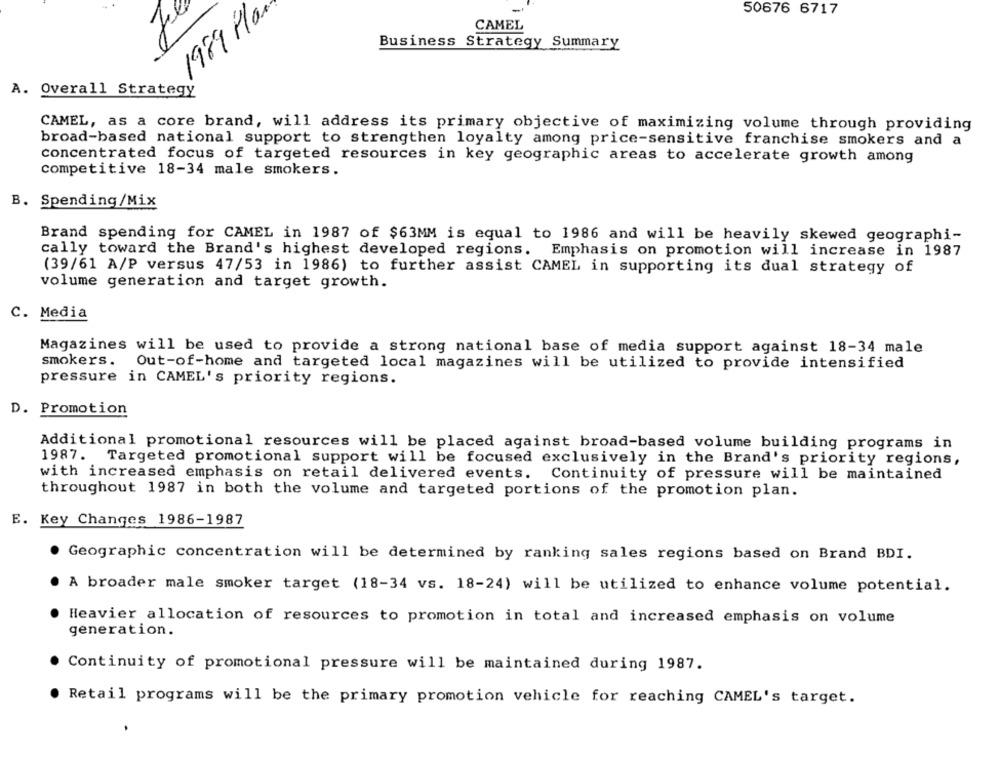
1989 Plan
50676 6717
CAMEL
Business Strategy Summary
A. Overall Strategy
CAMEL, as a core brand, will address its primary objective of maximizing volume through providing
broad-based national support to strengthen loyalty among price-sensitive franchise smokers and a
concentrated focus of targeted resources in key geographic areas to accelerate growth among
competitive 18-34 male smokers.
B. Spending/Mix
Brand spending for CAMEL in 1987 of $63MM is equal to 1986 and will be heavily skewed geographi-
cally toward the Brand's highest developed regions. Emphasis on promotion will increase in 1987
(39/61 A/P versus 47/53 in 1986) to further assist CAMEL in supporting its dual strategy of
volume generation and target growth.
C. Media
Magazines will be used to provide a strong national base of media support against 18-34 male
smokers .
Out-of-home and targeted local magazines will be utilized to provide intensified
pressure in CAMEL's priority regions.
D. Promotion
Additional promotional resources will be placed against broad-based volume building programs in
1987. Targeted promotional support will be focused exclusively in the Brand's priority regions,
with increased emphasis on retail delivered events. Continuity of pressure will be maintained
throughout 1987 in both the volume and targeted portions of the promotion plan.
E. Key Changes 1986-1987
Geographic concentration will be determined by ranking sales regions based on Brand BDI.
A broader male smoker target (18-34 vs. 18-24) will be utilized to enhance volume potential.
Heavier allocation of resources to promotion in total and increased emphasis on volume
generation.
Continuity of promotional pressure will be maintained during 1987.
Retail programs will be the primary promotion vehicle for reaching CAMEL's target.